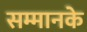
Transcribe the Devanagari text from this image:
सम्मानके